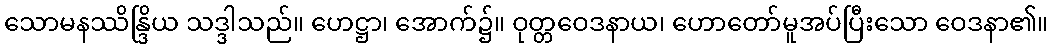
သောမနဿိန္ဒြိယ သဒ္ဒါသည်။ ဟေဋ္ဌာ၊ အောက်၌။ ဝုတ္တဝေဒနာယ၊ ဟောတော်မူအပ်ပြီးသော ဝေဒနာ၏။